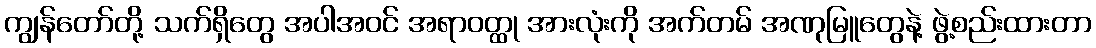
ကျွန်တော်တို့ သက်ရှိတွေ အပါအဝင် အရာဝတ္ထု အားလုံးကို အက်တမ် အဏုမြူတွေနဲ့ ဖွဲ့စည်းထားတာ